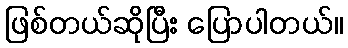
ဖြစ်တယ်ဆိုပြီး ပြောပါတယ်။